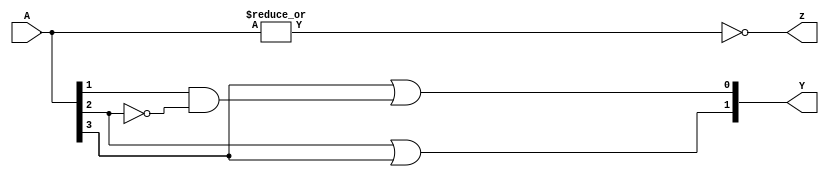
module PENC4 (A,Y,z);
input[3:0] A;
output[1:0] Y;
output z;

assign z=~|A;
assign Y[0]=A[3]|A[1]&~A[2];
assign Y[1]=A[2]|A[3];

endmodule